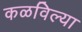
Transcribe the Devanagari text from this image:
कळविल्या